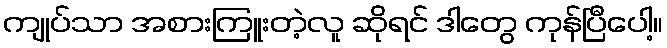
ကျုပ်သာ အစားကြူးတဲ့လူ ဆိုရင် ဒါတွေ ကုန်ပြီပေါ့။